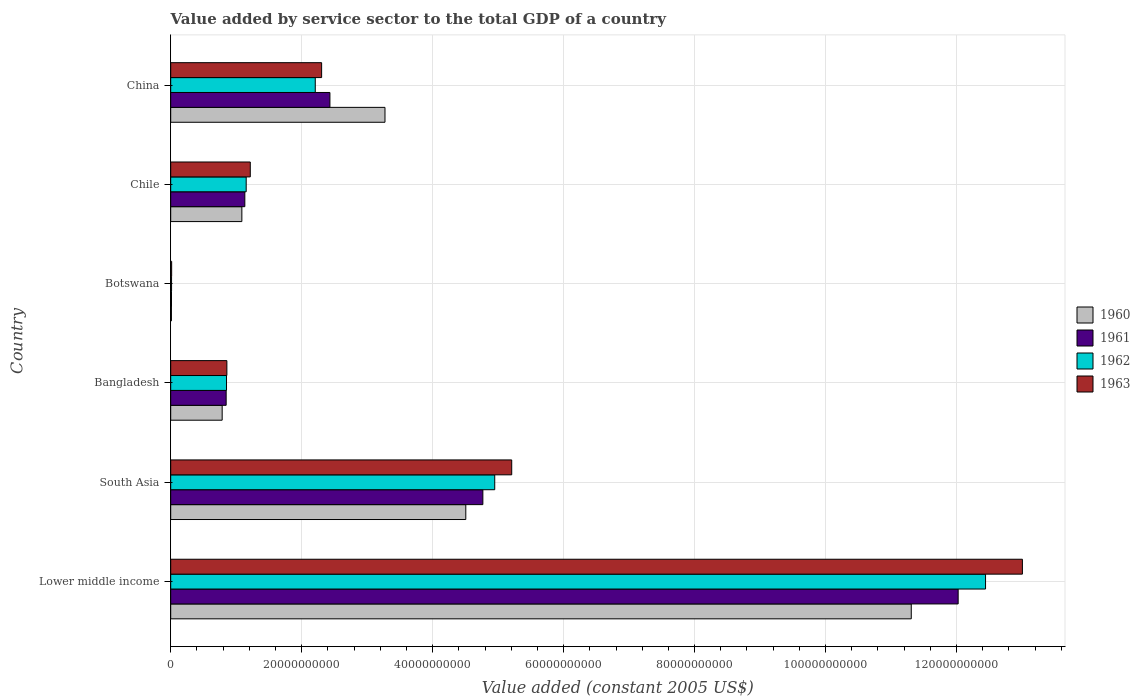
| Country | 1960 | 1961 | 1962 | 1963 |
 | --- | --- | --- | --- | --- |
 | Lower middle income | 1.13e+11 | 1.2e+11 | 1.24e+11 | 1.3e+11 |
 | South Asia | 4.51e+10 | 4.77e+10 | 4.95e+10 | 5.21e+10 |
 | Bangladesh | 7.86e+09 | 8.47e+09 | 8.52e+09 | 8.58e+09 |
 | Botswana | 1.11e+08 | 1.22e+08 | 1.32e+08 | 1.45e+08 |
 | Chile | 1.09e+10 | 1.13e+10 | 1.15e+10 | 1.22e+10 |
 | China | 3.27e+10 | 2.43e+10 | 2.21e+10 | 2.3e+10 |